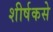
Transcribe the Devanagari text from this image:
शीर्षकसे